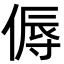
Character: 傉